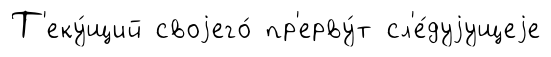
Т'еку́щий своjего́ пр'ерву́т сл'е́дуjущеjе